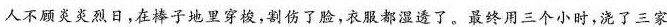
人不炎炎烈日，在棒子地里穿梭，割伤了脸，衣服都湿透了，最终用三个小时，浇了三家